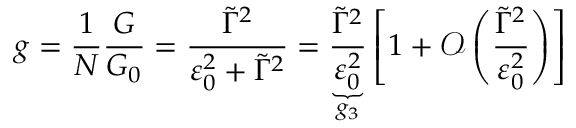
g = \frac { 1 } { N } \frac { G } { G _ { 0 } } = \frac { \tilde { \Gamma } ^ { 2 } } { \varepsilon _ { 0 } ^ { 2 } + \tilde { \Gamma } ^ { 2 } } = \underbrace { \frac { \tilde { \Gamma } ^ { 2 } } { \varepsilon _ { 0 } ^ { 2 } } } _ { g _ { 3 } } \left[ 1 + \mathcal { O } \left( \frac { \tilde { \Gamma } ^ { 2 } } { \varepsilon _ { 0 } ^ { 2 } } \right) \right]